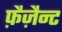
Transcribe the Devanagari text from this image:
फ़ैज़ैन्ट